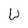
Character: W